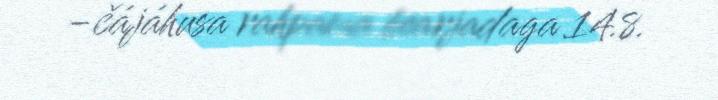
-čájáhusa rahpama bearjadaga 14.8.